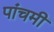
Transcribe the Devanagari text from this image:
पांचमी